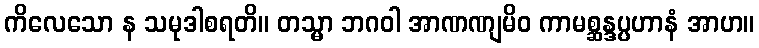
ကိလေသော န သမုဒါစရတိ။ တသ္မာ ဘဂဝါ အာဏဏျမိဝ ကာမစ္ဆန္ဒပ္ပဟာနံ အာဟ။